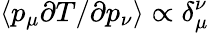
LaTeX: \langle p_{\mu}\partial T/\partial p_{\nu}\rangle\propto\delta_{\mu}^{\nu}